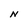
Character: N